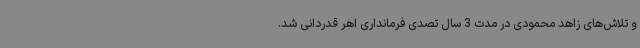
و تلاش‌های زاهد محمودی در مدت 3 سال تصدی فرمانداری اهر قدردانی شد.